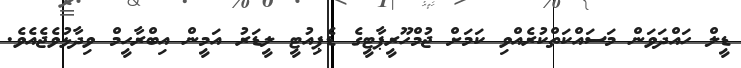
ޑީލް ހައްދަވަން މަސައްކަތްކުރެއްވި ކަމަށް ޖުމްހޫރީޕާޓީގެ ޑެޕިއުޓީ ލީޑަރު އަމީން އިބްރާހީމް ވިދާޅުވެޖެއެވެ.